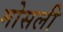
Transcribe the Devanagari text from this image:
मोसली